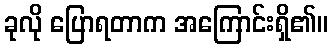
ခုလို ပြောရတာက အကြောင်းရှိ၏။